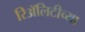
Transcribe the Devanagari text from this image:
रिॲलिटीच्या